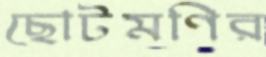
ছোটমণির